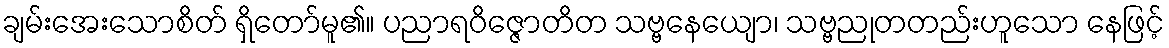
ချမ်းအေးသောစိတ် ရှိတော်မူ၏။ ပညာရဝိဇ္ဇောတိတ သဗ္ဗနေယျော၊ သဗ္ဗညုတတည်းဟူသော နေဖြင့်